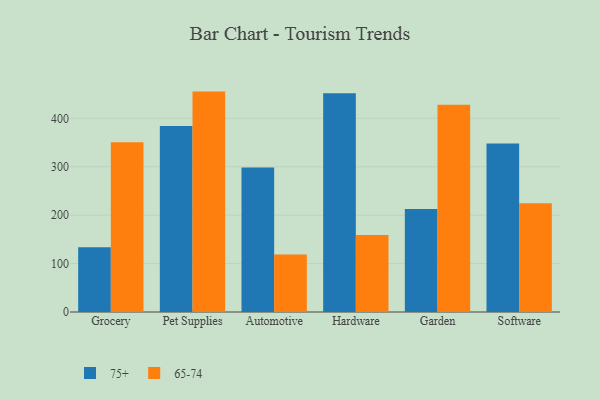
{"axis": {"x": "Category", "y": "Bounce Rate (%)"}, "legend": ["65-74", "75+"], "data": [{"x": "Grocery", "y": 133.8, "type": "75+"}, {"x": "Grocery", "y": 350.6, "type": "65-74"}, {"x": "Pet Supplies", "y": 384.2, "type": "75+"}, {"x": "Pet Supplies", "y": 455.3, "type": "65-74"}, {"x": "Automotive", "y": 298.6, "type": "75+"}, {"x": "Automotive", "y": 118.7, "type": "65-74"}, {"x": "Hardware", "y": 452.0, "type": "75+"}, {"x": "Hardware", "y": 158.9, "type": "65-74"}, {"x": "Garden", "y": 212.7, "type": "75+"}, {"x": "Garden", "y": 428.2, "type": "65-74"}, {"x": "Software", "y": 348.1, "type": "75+"}, {"x": "Software", "y": 224.5, "type": "65-74"}]}